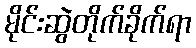
မိုင်းဆွဲတိုက်ခိုက်ရာ